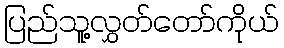
ပြည်သူ့လွှတ်တော်ကိုယ်